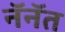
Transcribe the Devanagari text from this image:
नॅनॅत